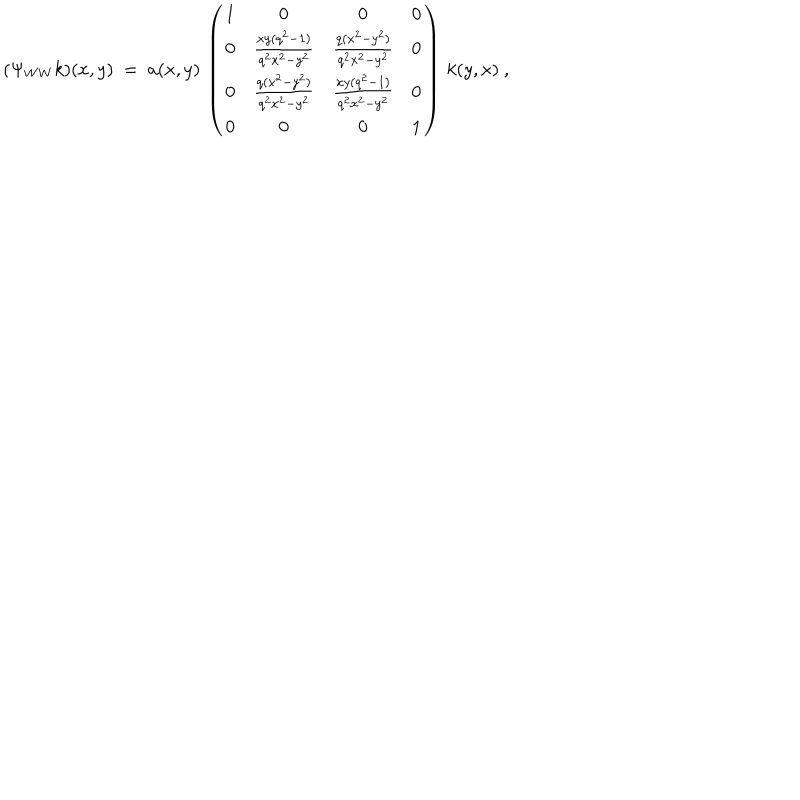
( \Psi _ { W W } k ) ( x , y ) \ = \ a ( x , y ) \, \left( \begin{matrix} { { 1 } } & { { 0 } } & { { 0 } } & { { 0 } } \\ { { 0 } } & { { \frac { x y ( q ^ { 2 } - 1 ) } { q ^ { 2 } x ^ { 2 } - y ^ { 2 } } } } & { { \frac { q ( x ^ { 2 } - y ^ { 2 } ) } { q ^ { 2 } x ^ { 2 } - y ^ { 2 } } } } & { { 0 } } \\ { { 0 } } & { { \frac { q ( x ^ { 2 } - y ^ { 2 } ) } { q ^ { 2 } x ^ { 2 } - y ^ { 2 } } } } & { { \frac { x y ( q ^ { 2 } - 1 ) } { q ^ { 2 } x ^ { 2 } - y ^ { 2 } } } } & { { 0 } } \\ { { 0 } } & { { 0 } } & { { 0 } } & { { 1 } } \\ \end{matrix} \right) \, k ( y , x ) \ ,